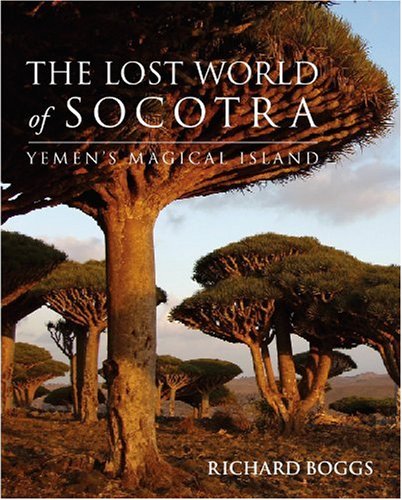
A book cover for The Lost World of Socotra: Yemen's Island Of Bliss; Richard BOGGS; History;